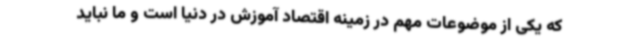
که یکی از موضوعات مهم در زمینه اقتصاد آموزش در دنیا است و ما نباید